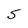
Character: 5